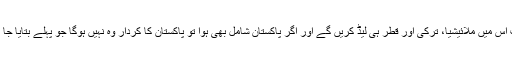
بلکہ اب اس میں ملائیشیا، ترکی اور قطر ہی لیڈ کریں گے اور اگر پاکستان شامل بھی ہوا تو پاکستان کا کردار وہ نہیں ہوگا جو پہلے بتایا جا رہا تھا۔